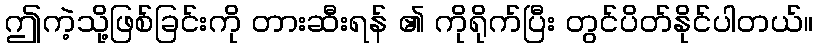
ဤကဲ့သို့ဖြစ်ခြင်းကို တားဆီးရန် ၏ ကိုရိုက်ပြီး တွင်ပိတ်နိုင်ပါတယ်။